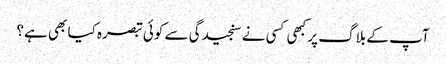
آپ کے بلاگ پر کبھی کسی نے سنجیدگی سے کوئی تبصرہ کیا بھی ہے؟